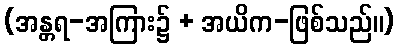
(အန္တရ-အကြား၌ + အယိက-ဖြစ်သည်။)